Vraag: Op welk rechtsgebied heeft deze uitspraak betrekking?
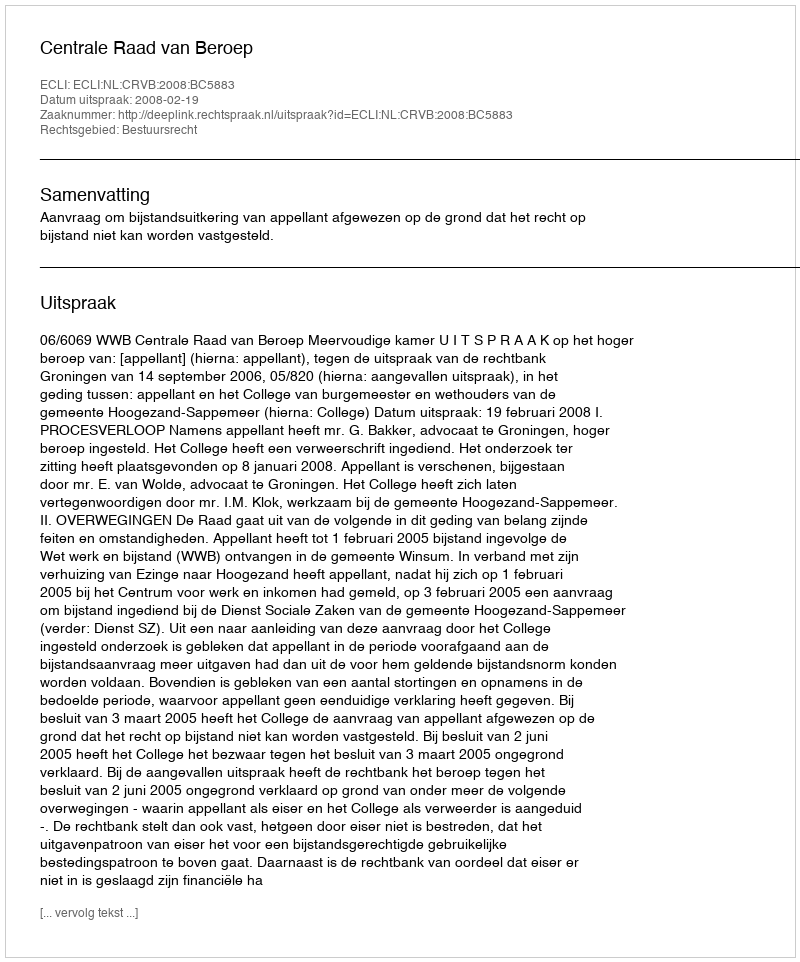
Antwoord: Bestuursrecht